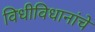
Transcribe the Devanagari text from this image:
विधीविधानांचे